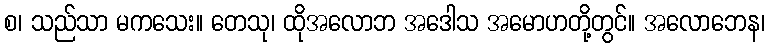
စ၊ သည်သာ မကသေး။ တေသု၊ ထိုအလောဘ အဒေါသ အမောဟတို့တွင်။ အလောဘေန၊